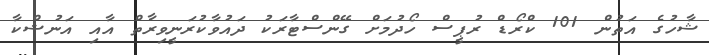
ޝާހުގެ އަތުން 101 ކްރޯޑް ރުޕީސް ހޯދުމަށް ގޭންސްޓާރަކު ދައުވާކުރަނީވިރާތް އާއި އަނުޝްކާ